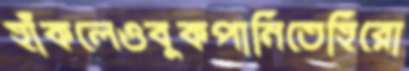
হাঁকলেওবুকপানিতেহিরো